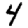
Digit: 4